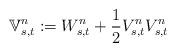
LaTeX: \begin{align*}\mathbb{V}^n_{s,t} := W^n_{s,t} + \frac{1}{2} V^n_{s,t} V^n_{s,t}\end{align*}